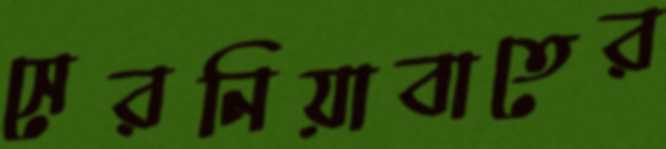
সেরনিয়াবাতের